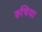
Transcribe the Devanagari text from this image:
रुचिया